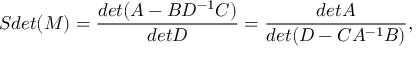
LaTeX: S d e t ( M ) = { \frac { d e t ( A - B D ^ { - 1 } C ) } { d e t D } } = { \frac { d e t A } { d e t ( D - C A ^ { - 1 } B ) } } ,